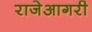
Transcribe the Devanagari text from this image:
राजेआगरी